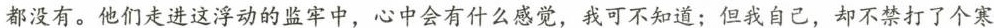
都没有。他们走进这浮动的监牢中，心中会有什么感觉，我可不知道；但我自己，却不禁打了个寒